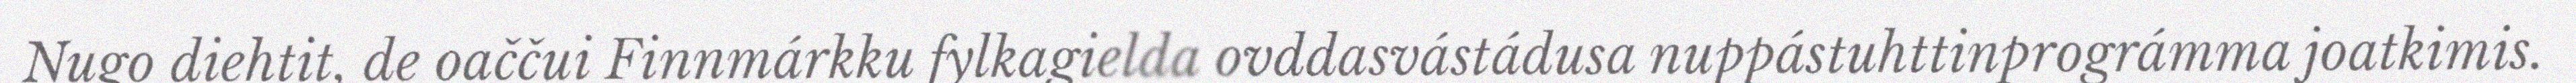
Nugo diehtit, de oaččui Finnmárkku fylkagielda ovddasvástádusa nuppástuhttinprográmma joatkimis.